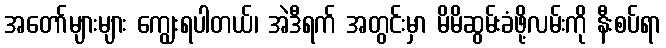
အတော်များများ ကျွေးရပါတယ်၊ အဲဒီရက် အတွင်းမှာ မိမိဆွမ်းခံဖို့လမ်းကို နီးစပ်ရာ